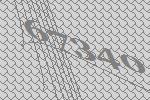
67340